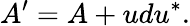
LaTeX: A^{\prime}=A+udu^{*}.